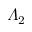
\varLambda _ { 2 }